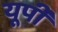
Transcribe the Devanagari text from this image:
यूर्पी